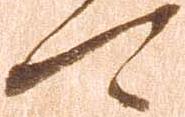
可